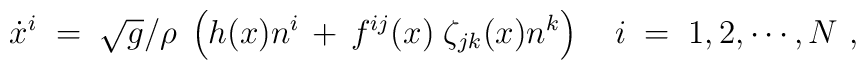
\dot x^i\;=\;\sqrt{g}/ \rho\;\left( h(x)n^i\,+\,f^{ij}(x)\;\zeta_{jk}  (x) n^k\right)\quad i\;=\; 1,2,\cdots, N \ ,